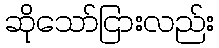
ဆိုသော်ငြားလည်း